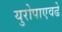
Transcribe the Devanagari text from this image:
युरोपाएवढे